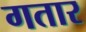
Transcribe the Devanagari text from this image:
गतार